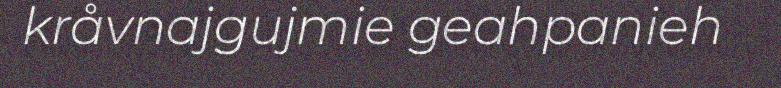
kråvnajgujmie geahpanieh